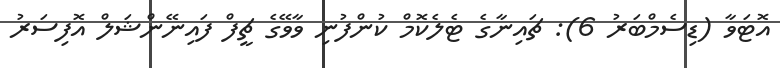
އޮޓަވާ (ޑިސެމްބަރު 6): ޗައިނާގެ ޓެލެކޮމް ކުންފުނި ވާވޭގެ ޗީފް ފައިނޭންޝަލް އޮފިސަރު